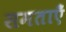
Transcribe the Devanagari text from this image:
समताएँ